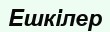
Ешкілер